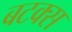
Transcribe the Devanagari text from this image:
बटक्स